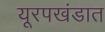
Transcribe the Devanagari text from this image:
यूरपखंडात